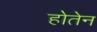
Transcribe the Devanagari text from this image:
होतेन